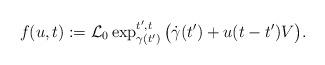
LaTeX: \begin{align*} f(u,t):=\mathcal{L}_{0}\exp_{ \gamma ( t^{\prime} ) }^{ t^{\prime}, t }\big(\dot{\gamma} ( t^{\prime} ) + u ( t - t^{\prime} ) V\big) .\end{align*}